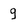
Character: q